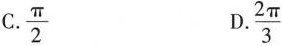
C.\frac{\pi}{2} D.\frac{2\pi}{3}